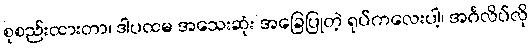
စုစည်းထားတာ၊ ဒါပထမ အသေးဆုံး အခြေပြုတဲ့ ရုပ်ကလေးပါ့၊ အင်္ဂလိပ်လို